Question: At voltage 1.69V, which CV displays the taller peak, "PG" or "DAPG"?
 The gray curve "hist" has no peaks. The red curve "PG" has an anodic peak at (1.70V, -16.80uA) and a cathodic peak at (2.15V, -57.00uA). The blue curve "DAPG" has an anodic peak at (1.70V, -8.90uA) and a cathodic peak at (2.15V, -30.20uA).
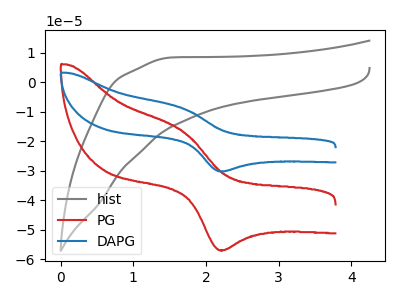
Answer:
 <answer>The peak at 1.69V is lower in "PG" than in "DAPG".</answer>
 <eval>lower</eval>